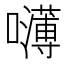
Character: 𰉃